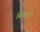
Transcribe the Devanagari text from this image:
बियाई